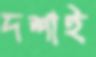
দশাই